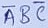
Text: ABC